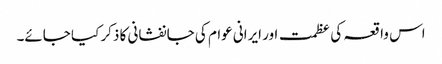
اس واقعہ کی عظمت اور ایرانی عوام کی جانفشانی کا ذکر کیا جائے۔